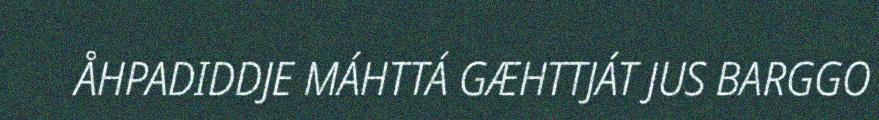
ÅHPADIDDJE MÁHTTÁ GÆHTTJÁT JUS BARGGO